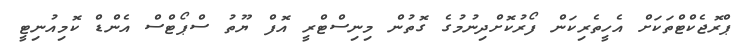
ޕްރޮޖެކްޓްތަކަށް އެހީތެރިކަން ފޯރުކޮށްދިނުމުގެ ގޮތުން މިނިސްޓްރީ އޮފް ޔޫތު ސްޕޯޓްސް އެންޑް ކޮމިއުނިޓީ